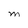
Character: M